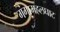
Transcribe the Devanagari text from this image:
गंगामहलघाट